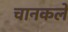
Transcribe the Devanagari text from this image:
चानकले